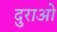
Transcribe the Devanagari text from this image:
दुराओ